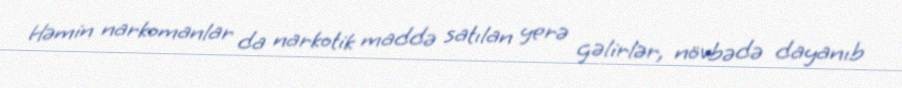
Həmin narkomanlar da narkotik maddə satılan yerə gəlirlər, növbədə dayanıb